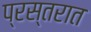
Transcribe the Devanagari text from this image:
प्रस्तरात